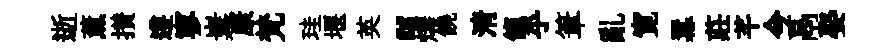
逝薰攅遵寥嶪康梵珪堰英“燁饒淸餼乎筆亂寛羃莊芊今鬲娶